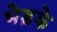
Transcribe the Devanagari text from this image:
भेड़के